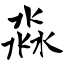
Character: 淼